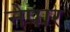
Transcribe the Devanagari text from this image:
नेपार